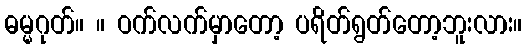
ဓမ္မဂုတ်။ ။ ဝက်လက်မှာတော့ ပရိတ်ရွတ်တော့ဘူးလား။